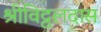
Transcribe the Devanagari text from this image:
श्रीविट्ठलदास